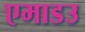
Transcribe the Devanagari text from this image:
एमाडउ